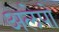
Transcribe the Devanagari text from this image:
अलेपो